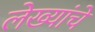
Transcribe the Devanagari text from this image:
लेख्यांचे